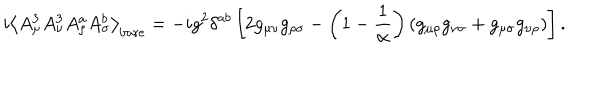
i \left< A _ { \mu } ^ { 3 } A _ { \nu } ^ { 3 } A _ { \rho } ^ { a } A _ { \sigma } ^ { b } \right> _ { \mathrm { b a r e } } = - i g ^ { 2 } \delta ^ { a b } \left[ 2 g _ { \mu \nu } g _ { \rho \sigma } - \left( 1 - \frac 1 \alpha \right) ( g _ { \mu \rho } g _ { \nu \sigma } + g _ { \mu \sigma } g _ { \nu \rho } ) \right] .